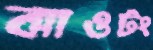
ঝাওটং